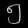
Digit: ၅